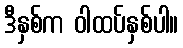
ဒီနှစ်က ဝါထပ်နှစ်ပါ။